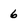
Character: 6